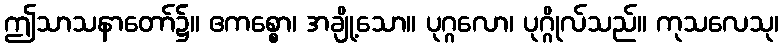
ဤသာသနာတော်၌။ ဧကစ္စော၊ အချို့သော။ ပုဂ္ဂလော၊ ပုဂ္ဂိုလ်သည်။ ကုသလေသု၊